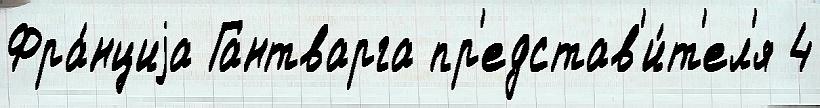
Фра́нциjа Гантварга пр'едстав'и́т'ел'я 4